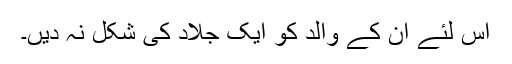
اس لئے ان کے والد کو ایک جلاد کی شکل نہ دیں۔